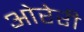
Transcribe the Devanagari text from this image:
ओरेरी